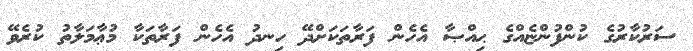
ސަރުކާރުގެ ކުންފުންޏެއްގެ ޙިއްޞާ އެހެން ފަރާތަކަށްދޭ ހިނދު އެހެން ފަރާތަކާ މުޢާމަލާތު ކުރެވޭ